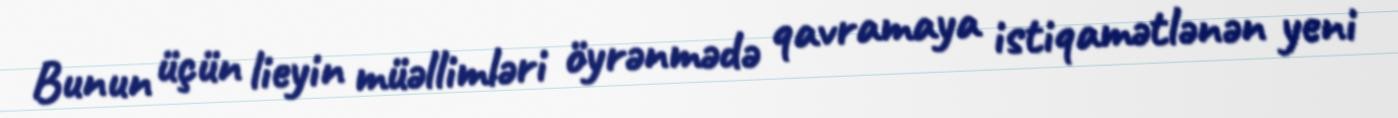
Bunun üçün lieyin müəllimləri öyrənmədə qavramaya istiqamətlənən yeni